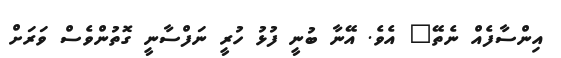
އިންސާފެއް ނެތޭ" އެވެ. އޭނާ ބުނީ ފުޅު ހުރީ ނަފްސާނީ ގޮތުންވެސް ވަރަށް